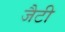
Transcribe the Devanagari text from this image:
जैटी